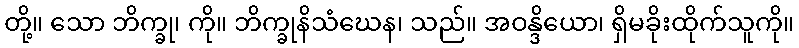
တို့။ သော ဘိက္ခု၊ ကို။ ဘိက္ခုနိသံဃေန၊ သည်။ အဝန္ဒိယော၊ ရှိမခိုးထိုက်သူကို။